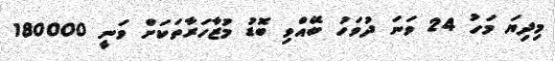
މިދިޔަ މަހު 24 ވަނަ ދުވަހު ބޭއްވި ބޮޑު މުޒާހަރާތަކަށް ވަނީ 180000